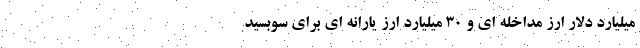
میلیارد دلار ارز مداخله ای و ۳۰ میلیارد ارز یارانه ای برای سوبسید